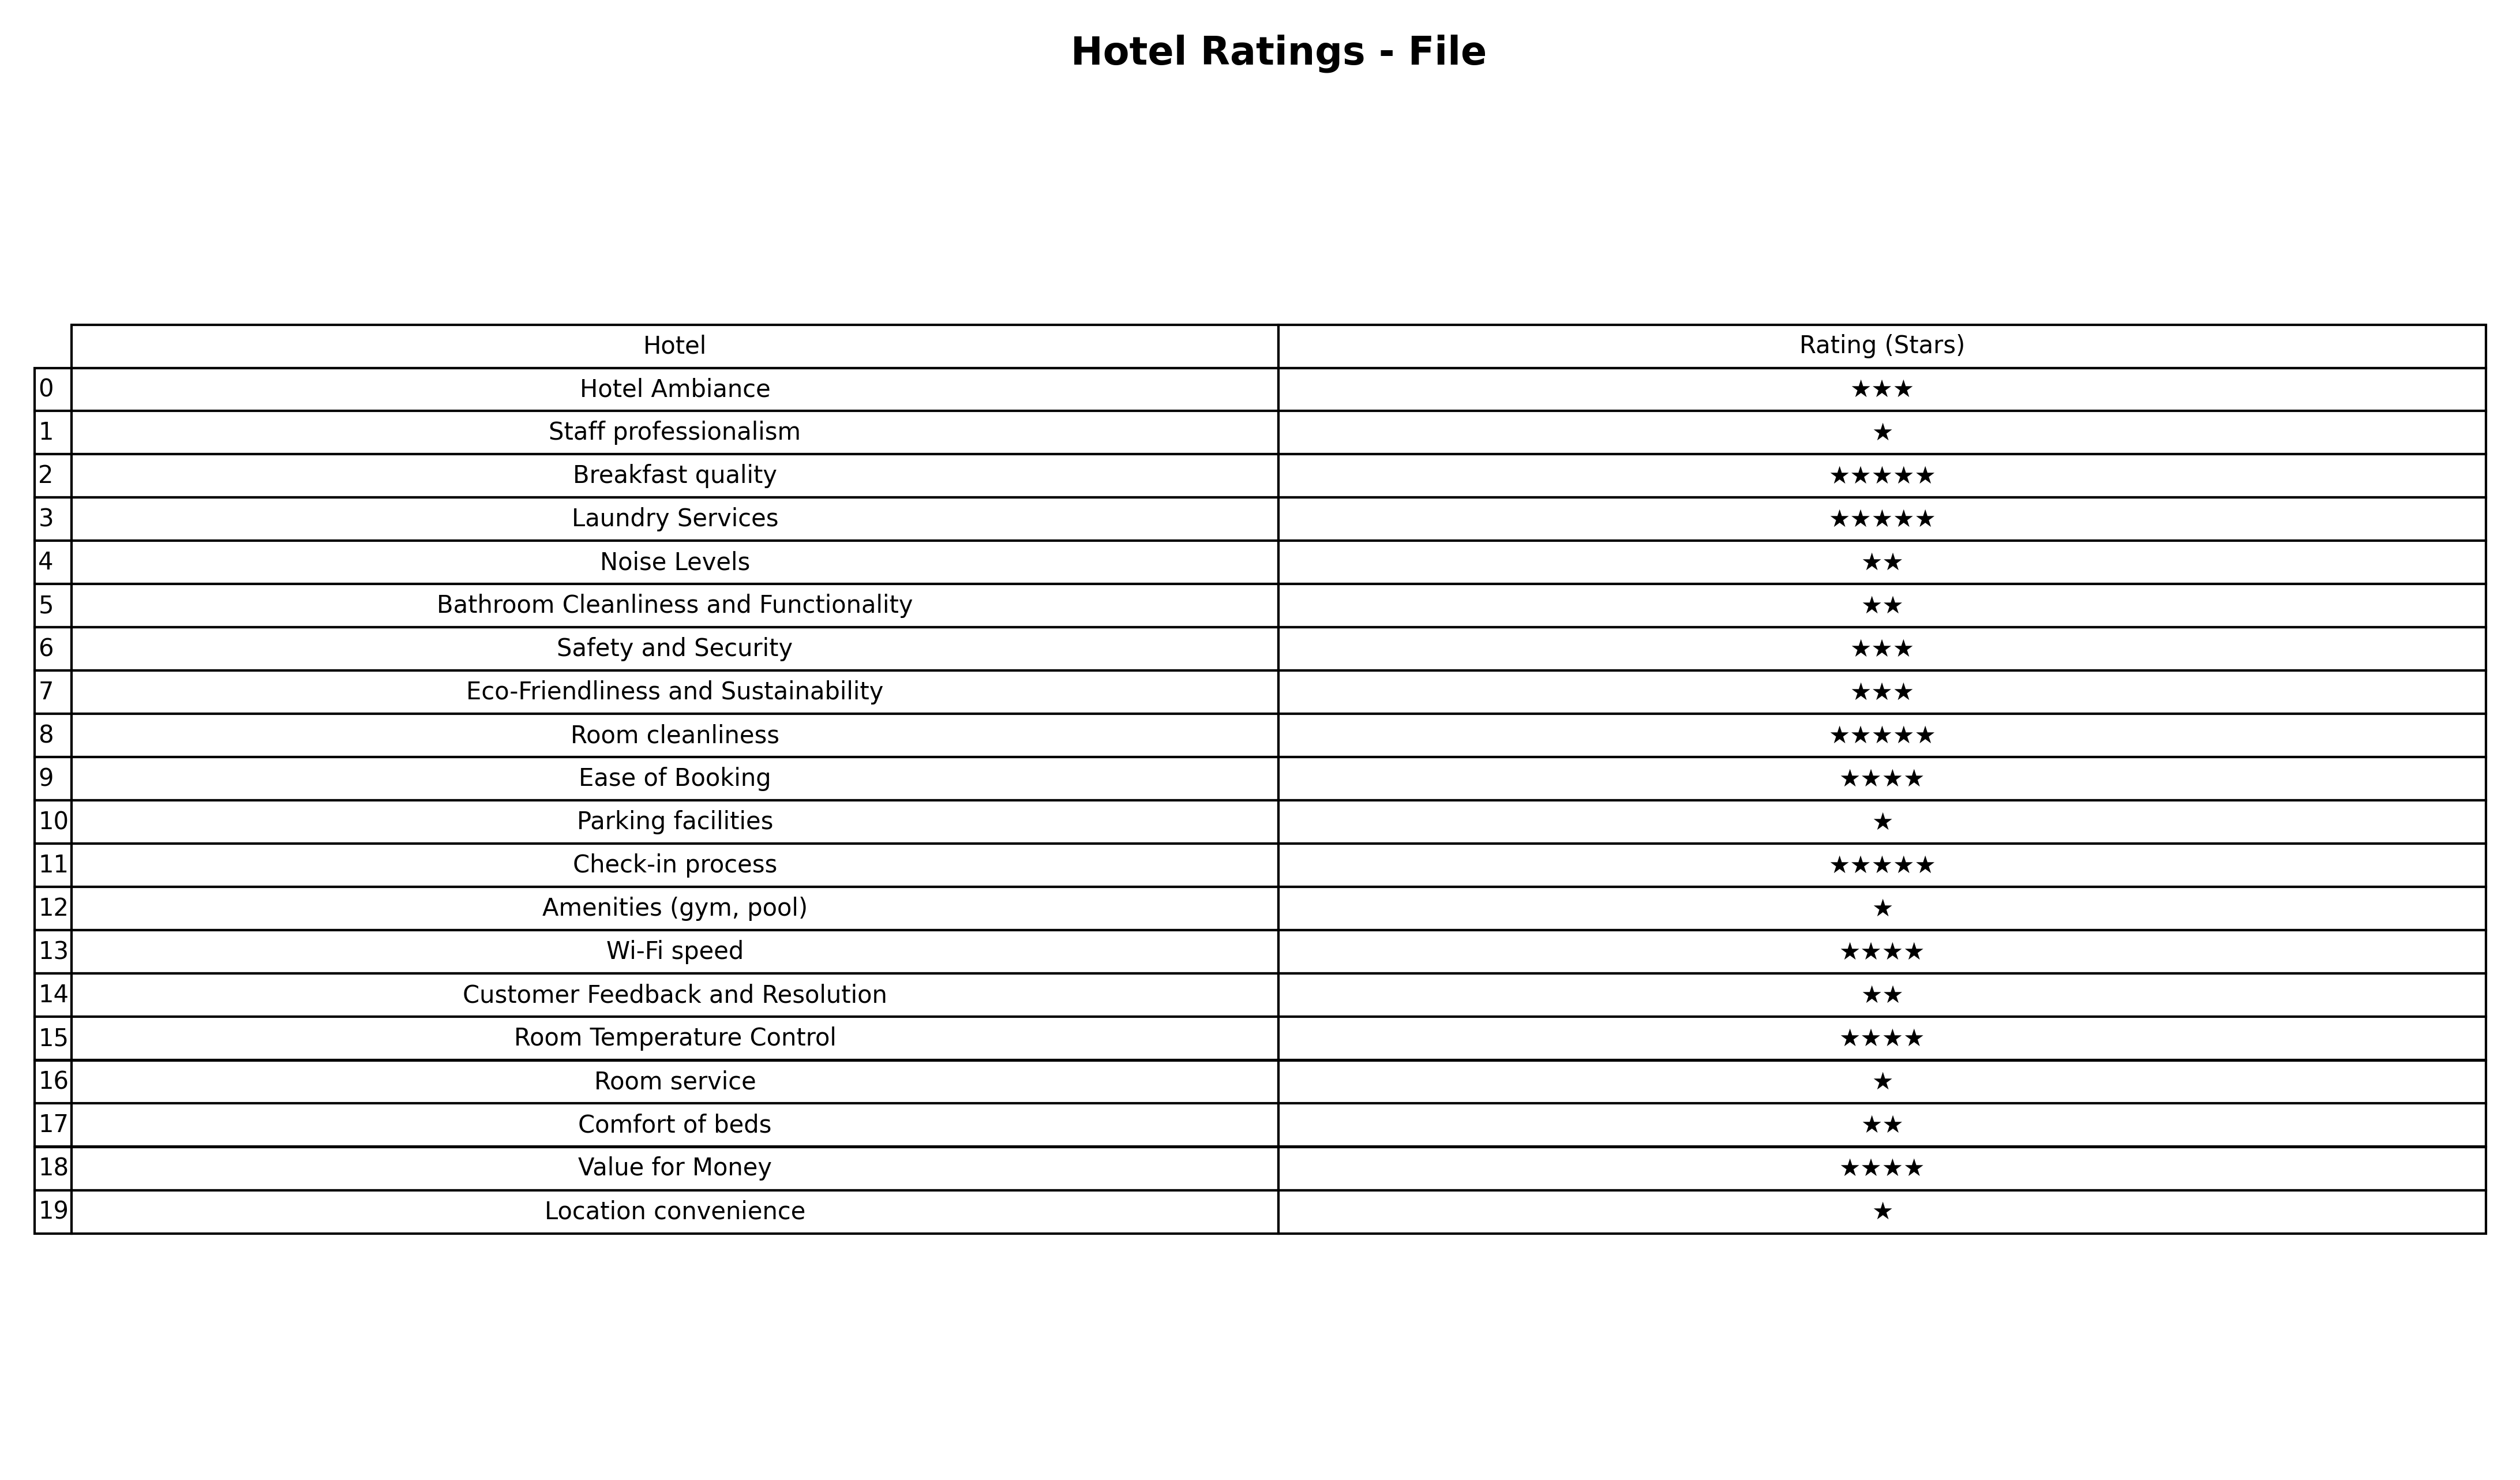
question: What is the rating of Eco-Friendliness and Sustainability?
answer: ★★★